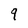
Character: 9